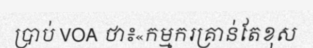
ប្រាប់ VOA ថា៖«កម្មករគ្រាន់តែខុស